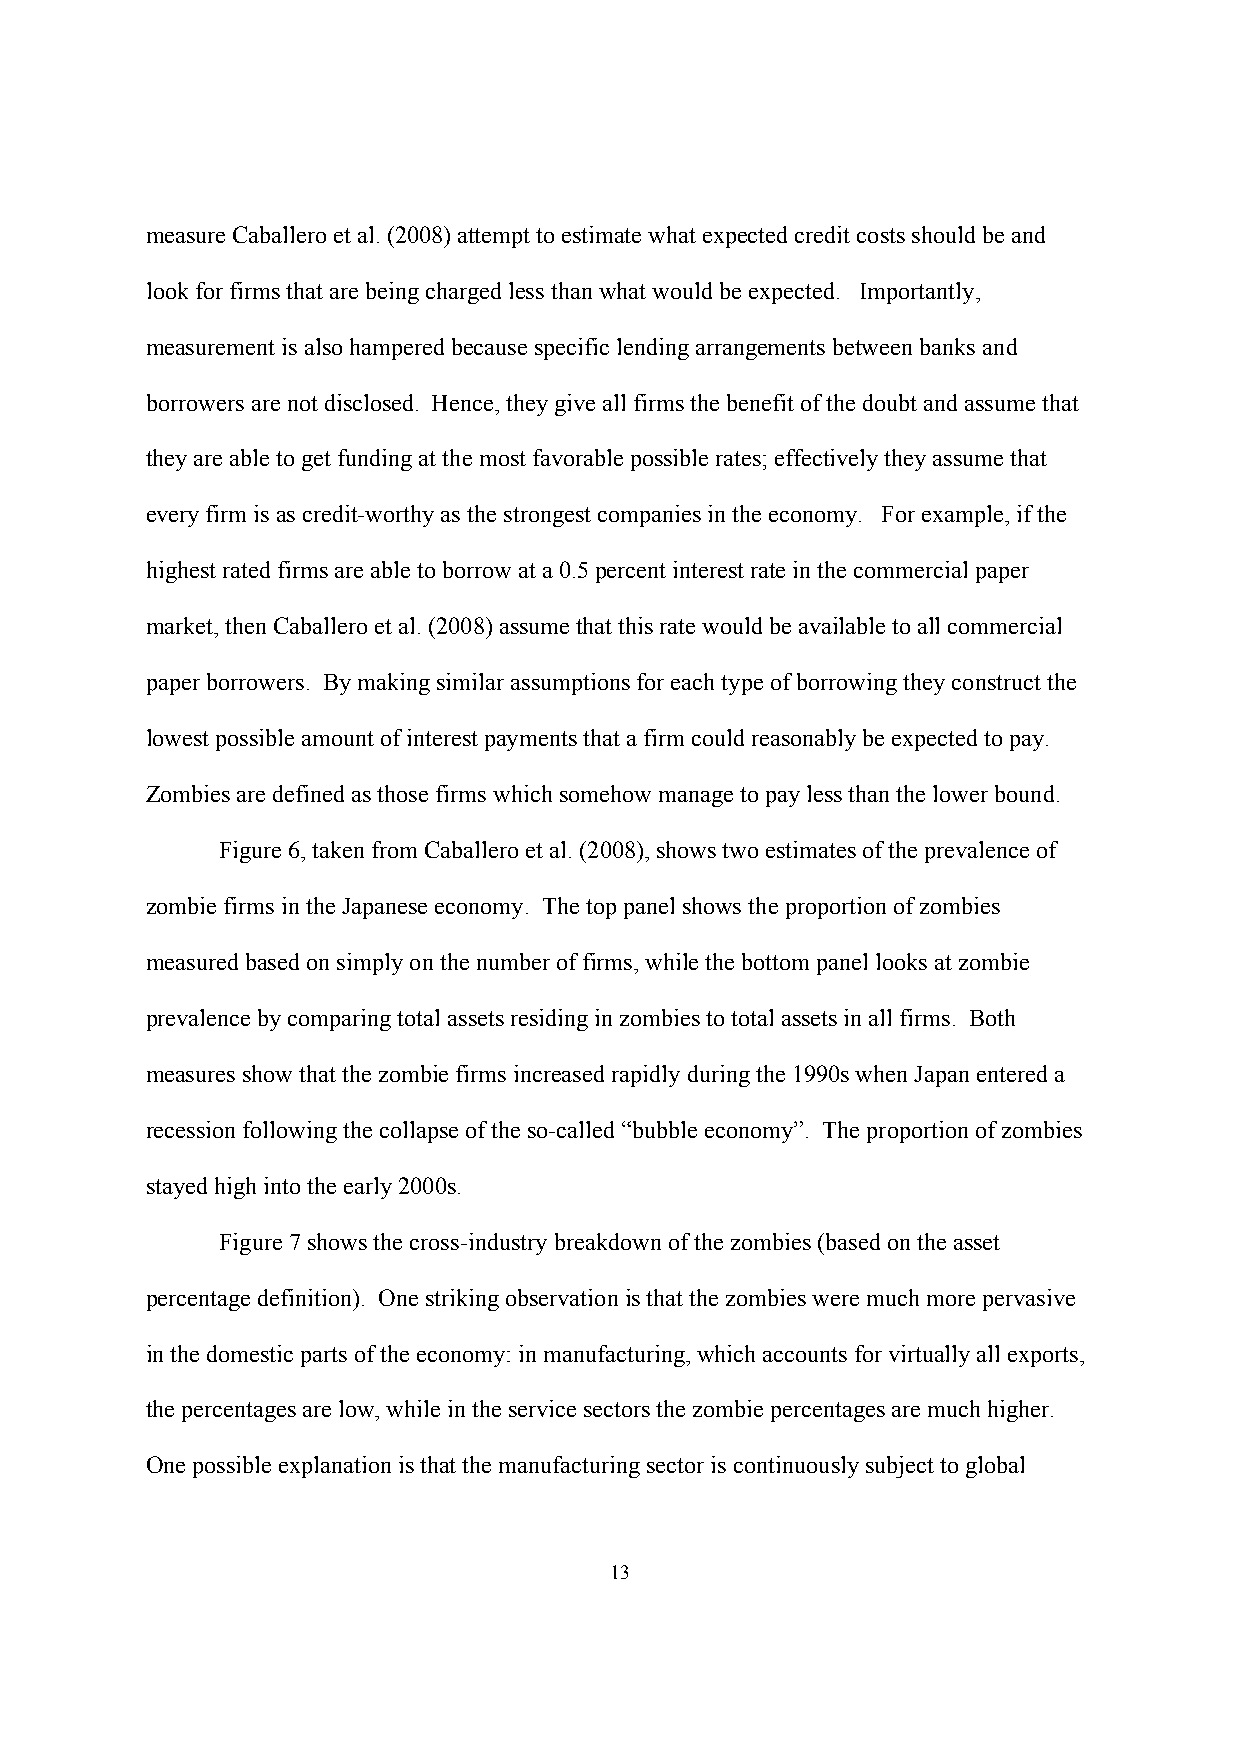
measure Caballero et al. (2008) attempt to estimate what expected credit costs should be and
 look for firms that are being charged less than what would be expected. Importantly,
 measurement is also hampered because specific lending arrangements between banks and
 borrowers are not disclosed. Hence, they give all firms the benefit of the doubt and assume that
 they are able to get funding at the most favorable possible rates; effectively they assume that
 every firm is as credit-worthy as the strongest companies in the economy. For example, if the
 highest rated firms are able to borrow at a 0.5 percent interest rate in the commercial paper
 market, then Caballero et al. (2008) assume that this rate would be available to all commercial
 paper borrowers. By making similar assumptions for each type of borrowing they construct the
 lowest possible amount of interest payments that a firm could reasonably be expected to pay.
 Zombies are defined as those firms which somehow manage to pay less than the lower bound.
 Figure 6, taken from Caballero et al. (2008), shows two estimates of the prevalence of
 zombie firms in the Japanese economy. The top panel shows the proportion of zombies
 measured based on simply on the number of firms, while the bottom panel looks at zombie
 prevalence by comparing total assets residing in zombies to total assets in all firms. Both
 measures show that the zombie firms increased rapidly during the 1990s when Japan entered a
 recession following the collapse of the so-called “bubble economy”. The proportion of zombies
 stayed high into the early 2000s.
 Figure 7 shows the cross-industry breakdown of the zombies (based on the asset
 percentage definition). One striking observation is that the zombies were much more pervasive
 in the domestic parts of the economy: in manufacturing, which accounts for virtually all exports,
 the percentages are low, while in the service sectors the zombie percentages are much higher.
 One possible explanation is that the manufacturing sector is continuously subject to global
 13